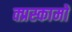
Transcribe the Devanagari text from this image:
क्प्रस्कामों